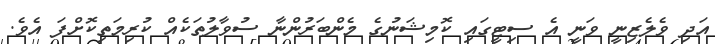
އަދި ވެލެޒިނީ ވަނީ އެ ސިޓީގައި ކޮމިޝަނުގެ މެންބަރުންނާ ސުވާލުތަކެއް ކުރިމަތިކޮށްފަ އެވެ.